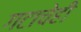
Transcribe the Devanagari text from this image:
गटाचेही